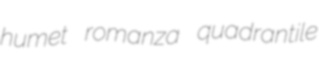
humet romanza quadrantile